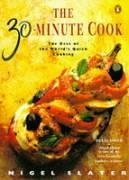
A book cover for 30 Minute Cook: The Best Of The Worlds Quick Cooking (Penguin cookery books); Nigel Slater; Cookbooks, Food & Wine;